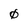
Character: 0